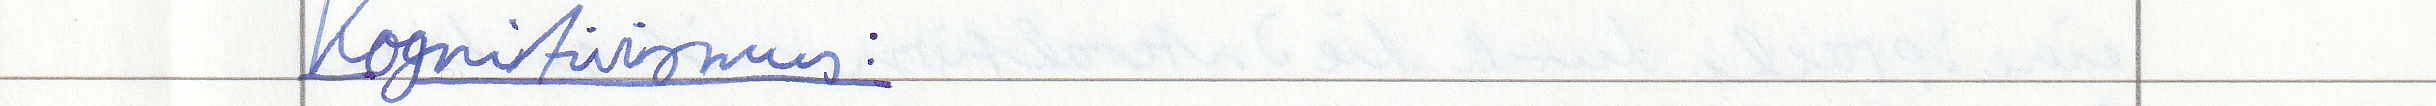
Kognitivismus: